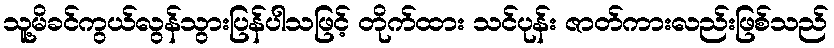
သူ့မိခင်ကွယ်လွန်သွားပြန်ပါသဖြင့် တိုက်ထား သင်ပုန်း ဇာတ်ကားလည်းဖြစ်သည်